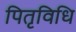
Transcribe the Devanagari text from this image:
पितृविधि